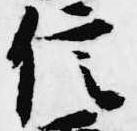
信